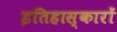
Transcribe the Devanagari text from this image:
इतिहास्कारों